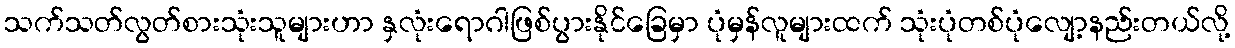
သက်သတ်လွတ်စားသုံးသူများဟာ နှလုံးရောဂါဖြစ်ပွားနိုင်ခြေမှာ ပုံမှန်လူများထက် သုံးပုံတစ်ပုံလျော့နည်းတယ်လို့